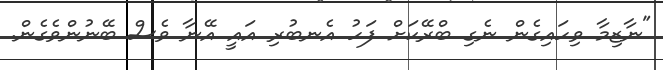
"ނާޒިމާ ވިހައިގެން ނެގި ބްރޭކަށް ފަހު އެނބުރި އައީ އޭނާ ވެސް ބޭނުންވެގެން.